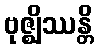
ဗုဇ္ဈိဿန္တိ